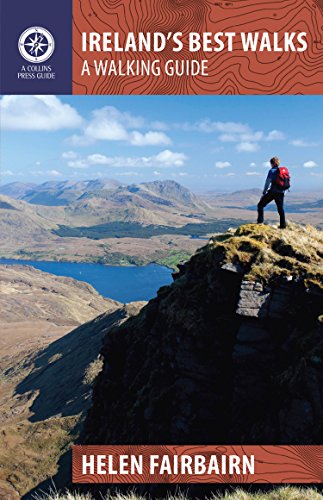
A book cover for Ireland's Best Walks: A Walking Guide (Walking Guides); Helen Fairbairn; Travel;